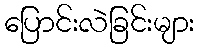
ပြောင်းလဲခြင်းများ